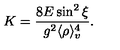
K = \frac { 8 E \sin ^ { 2 } { \xi } } { g ^ { 2 } \langle \rho \rangle _ { v } ^ { 4 } } .